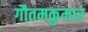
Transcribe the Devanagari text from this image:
गौतमकुमार